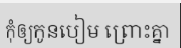
កុំឲ្យកូនបៀម ព្រោះគ្នា